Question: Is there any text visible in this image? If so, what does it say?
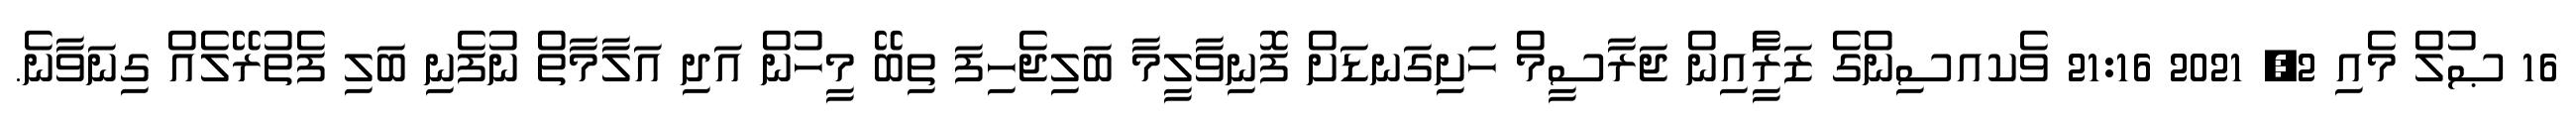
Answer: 16 ޞުލް މެއި 2, 2021 21:16 ވެކއސިންގެ ޒަރީެާއިން ޖަރާސީމް ހަށިގަނޑަށް ފޮނިވާލީމާ ބަލިޖެހިފަ ތިބޭ މީހުން އަދި އަލާމާތް ނުފެނި ބަލި ފެތުރޭލެއް ގިނަވާނެ.